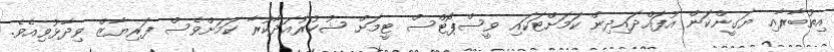
އިތުބާރާއި ޔަގީންކަން އުފައްދައިދިން ކަމަށްޓަކައި ވީސްޕޯޓްސް ޓީމަށް ޝުކުރުއަދާކުރާ ކަމަށްވެސް ފަރިޔާޒް ވިދާޅުވިއެވެ.